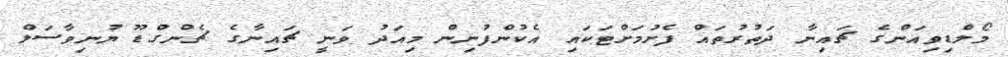
މޯލްޑިވިއަންގެ ޗައިނާ ދަތުރުތައް ފެށުމަށްޓަކައި އެކުންފުނިން މިއަދު ވަނީ ޗައިނާގެ ޗެންގްޑޫ ޔުނިވާސަލް